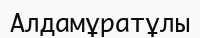
Алдамұратұлы